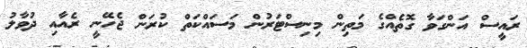
ރައީސް އަންގަވާ ގޮތެއްގެ މަތިން މިނިސްޓަރުން މަސައްކަތް ކުރަން ޖެހޭނީ ރެއާއި ދުވާލު